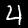
Label: 4